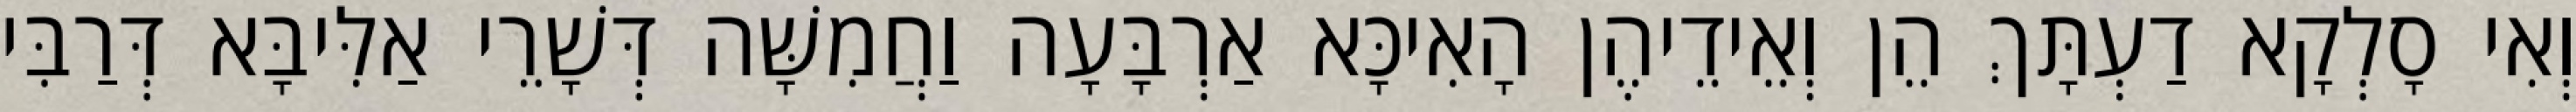
וְאִי סָלְקָא דַעְתָּךְ הֵן וְאֵידֵיהֶן הָאִיכָּא אַרְבָּעָה וַחֲמִשָּׁה דְּשָׁרֵי אַלִּיבָּא דְּרַבִּי